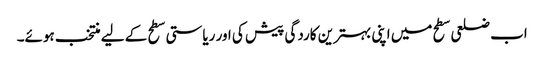
اب ضلعی سطح میں اپنی بہترین کاردگی پیش کی اور ریاستی سطح کے لیے منتخب ہوئے۔